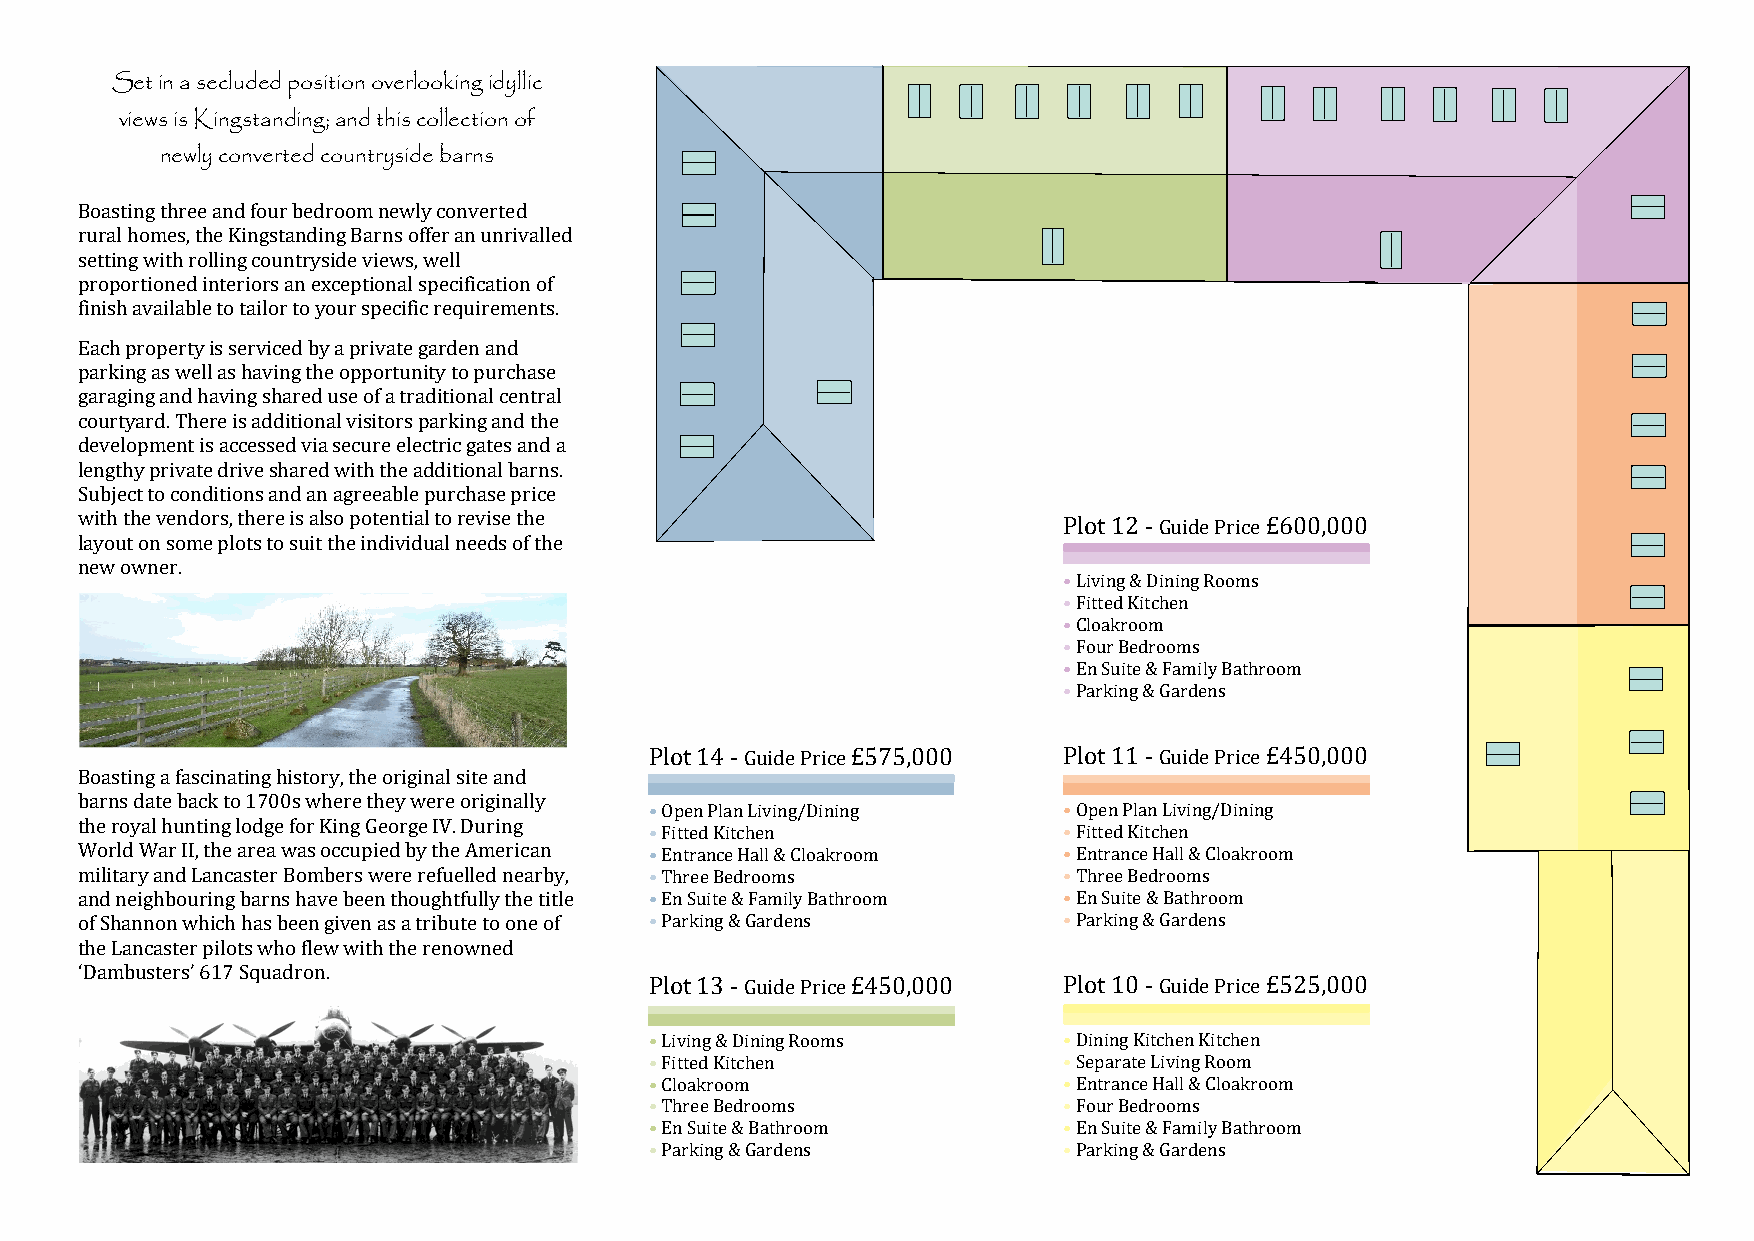
Set in a secluded position overlooking idyllic
 views is Kingstanding; and this collection of
 newly converted countryside barns
 Boasting three and four bedroom newly converted
 rural homes, the Kingstanding Barns offer an unrivalled
 setting with rolling countryside views, well
 proportioned interiors an exceptional specification of
 finish available to tailor to your specific requirements.
 Each property is serviced by a private garden and
 parking as well as having the opportunity to purchase
 garaging and having shared use of a traditional central
 courtyard. There is additional visitors parking and the
 development is accessed via secure electric gates and a
 lengthy private drive shared with the additional barns.
 Subject to conditions and an agreeable purchase price
 with the vendors, there is also potential to revise the          Plot 12 - Guide Price £600,000
 layout on some plots to suit the individual needs of the
 new owner.
 • Living & Dining Rooms
 • Fitted Kitchen
 • Cloakroom
 • Four Bedrooms
 • En Suite & Family Bathroom
 •Parking & Gardens
 Plot 14 - Guide Price £575,000 Plot 11 - Guide Price £450,000
 Boasting a fascinating history, the original site and
 barns date back to 1700s where they were originally
 • Open Plan Living/Dining  • Open Plan Living/Dining
 the royal hunting lodge for King George IV. During
 • Fitted Kitchen           • Fitted Kitchen
 World War II, the area was occupied by the American • Entrance Hall & Cloakroom • Entrance Hall & Cloakroom
 military and Lancaster Bombers were refuelled nearby, • Three Bedrooms • Three Bedrooms
 and neighbouring barns have been thoughtfully the title • En Suite & Family Bathroom • En Suite & Bathroom
 of Shannon which has been given as a tribute to one of • Parking & Gardens • Parking & Gardens
 the Lancaster pilots who flew with the renowned
 ‘Dambusters’ 617 Squadron.
 Plot 13 - Guide Price £450,000 Plot 10 - Guide Price £525,000
 •Living & Dining Rooms     •Dining Kitchen Kitchen
 • Fitted Kitchen           • SeparateLiving Room
 • Cloakroom                • Entrance Hall & Cloakroom
 • Three Bedrooms           • Four Bedrooms
 • En Suite & Bathroom      • En Suite & Family Bathroom
 • Parking & Gardens        • Parking & Gardens